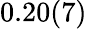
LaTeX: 0.20(7)\